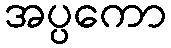
အပ္ပကော